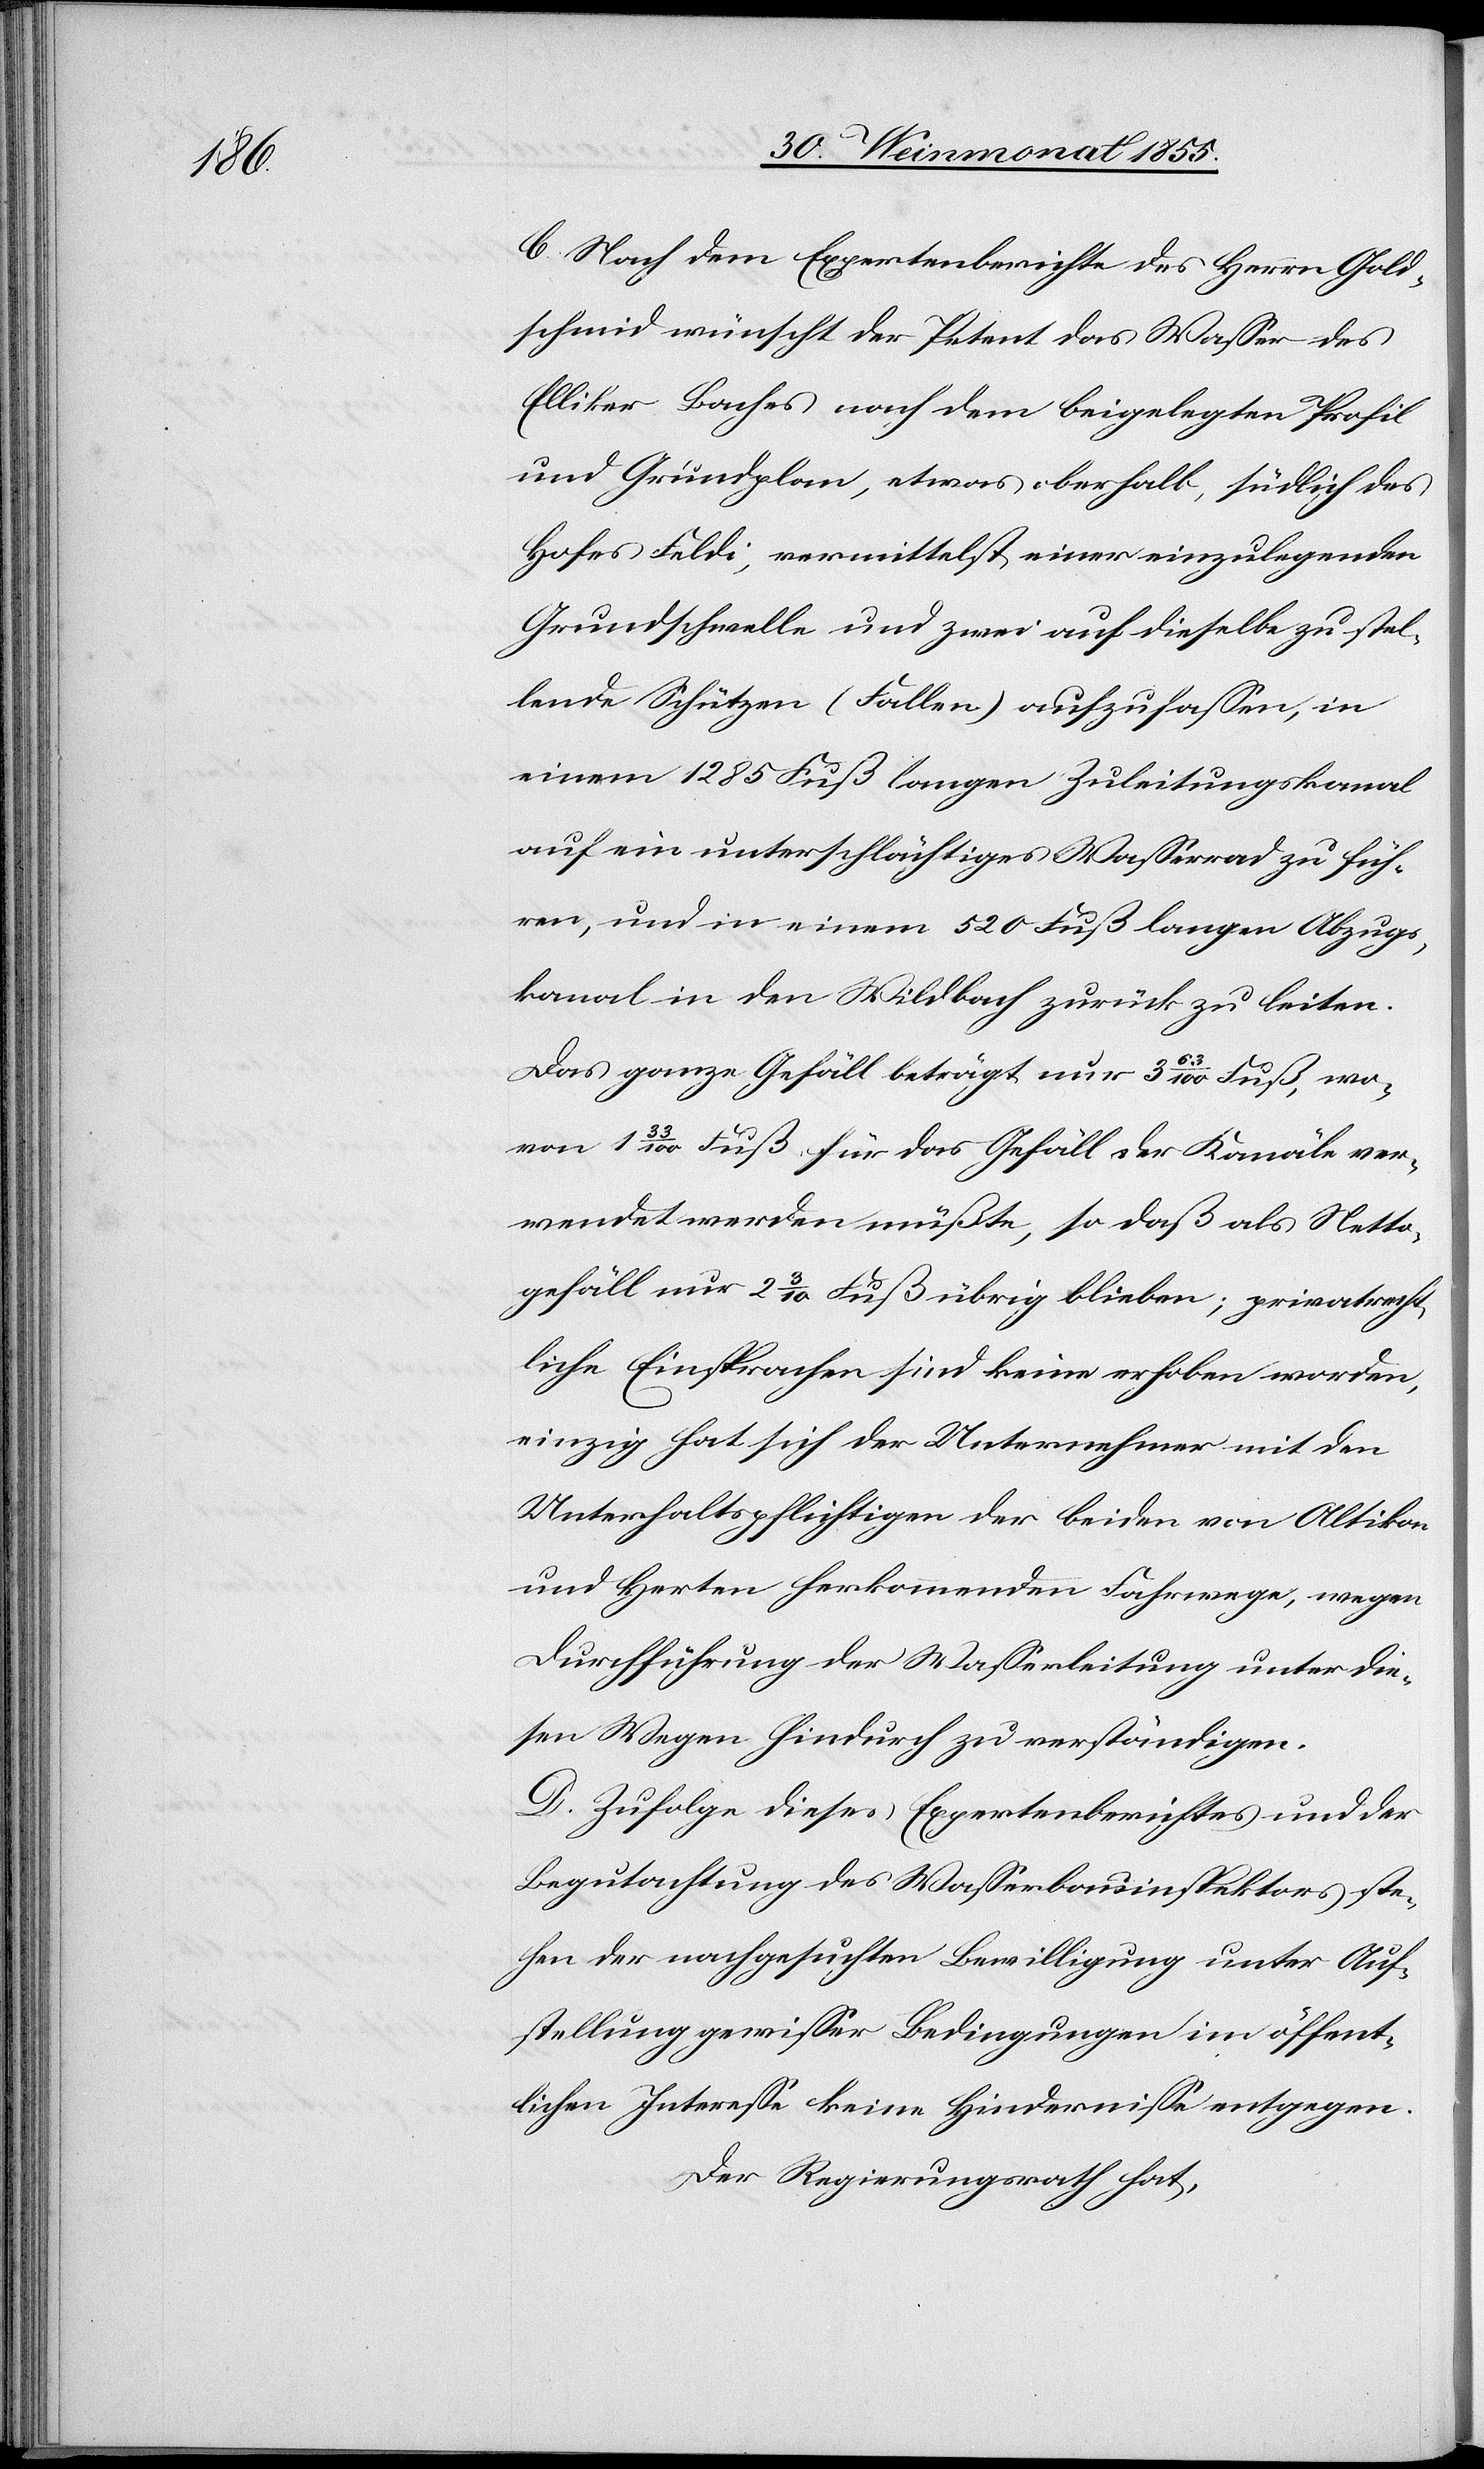
C. Nach dem Expertenberichte des Herrn Gold¬
schmid wünscht der Petent das Wasser des
Elliker Baches nach dem beigelegten Profil
und Grundplan, etwas oberhalb, südlich des
Hofes Feldi, vermittelst einer einzulegenden
Grundschwelle und zwei auf dieselbe zu stel¬
lende Schützen (Fallen) aufzufassen, in
einem 1285 Fuß langen Zuleitungskanal
auf ein unterschlächtiges Wasserrad zu füh¬
ren, und in einem 520 Fuß langen Abzugs¬
kanal in den Wildbach zurück zu leiten.
Das ganze Gefäll beträgt nur 3 63/100 Fuß, wo¬
von 1 33/100 Fuß für das Gefäll der Kanäle ver¬
wendet werden müßte, so daß als Netto¬
gefäll nur 2 3/10 Fuß übrig blieben; privatrecht¬
liche Einsprachen sind keine erhoben worden,
einzig hat sich der Unternehmer mit den
Unterhaltspflichtigen der beiden von Altikon
und Herten herkommenden Fahrwege, wegen
Durchführung der Wasserleitung unter die¬
sen Wegen hindurch zu verständigen.
D. Zufolge dieses Expertenberichtes und der
Begutachtung des Wasserbauinspektors ste¬
hen der nachgesuchten Bewilligung unter Auf¬
stellung gewisser Bedingungen im öffent¬
lichen Interesse keine Hindernisse entgegen.
Der Regierungsrath hat,